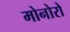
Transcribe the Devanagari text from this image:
मोनोरो